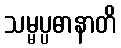
သမ္မပ္ပဓာနာတိ